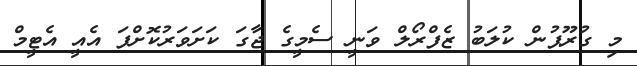
މި ގުރޫޕުން ކުލަބު ޒެފްރޯލް ވަނީ ސެމީގެ ޖާގަ ކަށަވަރުކޮށްފަ އެއީ އެޓީމް